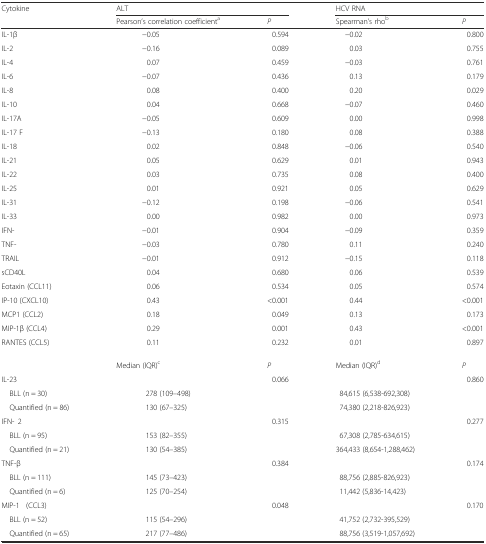
<table><thead><tr><td rowspan="2"><b>Cytokine</b></td><td colspan="2"><b>ALT</b></td><td colspan="2"><b>HCV RNA</b></td></tr><tr><td><b>Pearson’s correlation coefficient<sup>a</sup></b></td><td><b><i>P</i></b></td><td><b>Spearman’s rho<sup>b</sup></b></td><td><b><i>P</i></b></td></tr></thead><tbody><tr><td>IL-1β</td><td>−0.05</td><td>0.594</td><td>−0.02</td><td>0.800</td></tr><tr><td>IL-2</td><td>−0.16</td><td>0.089</td><td>0.03</td><td>0.755</td></tr><tr><td>IL-4</td><td>0.07</td><td>0.459</td><td>−0.03</td><td>0.761</td></tr><tr><td>IL-6</td><td>−0.07</td><td>0.436</td><td>0.13</td><td>0.179</td></tr><tr><td>IL-8</td><td>0.08</td><td>0.400</td><td>0.20</td><td>0.029</td></tr><tr><td>IL-10</td><td>0.04</td><td>0.668</td><td>−0.07</td><td>0.460</td></tr><tr><td>IL-17A</td><td>−0.05</td><td>0.609</td><td>0.00</td><td>0.998</td></tr><tr><td>IL-17 F</td><td>−0.13</td><td>0.180</td><td>0.08</td><td>0.388</td></tr><tr><td>IL-18</td><td>0.02</td><td>0.848</td><td>−0.06</td><td>0.540</td></tr><tr><td>IL-21</td><td>0.05</td><td>0.629</td><td>0.01</td><td>0.943</td></tr><tr><td>IL-22</td><td>0.03</td><td>0.735</td><td>0.08</td><td>0.400</td></tr><tr><td>IL-25</td><td>0.01</td><td>0.921</td><td>0.05</td><td>0.629</td></tr><tr><td>IL-31</td><td>−0.12</td><td>0.198</td><td>−0.06</td><td>0.541</td></tr><tr><td>IL-33</td><td>0.00</td><td>0.982</td><td>0.00</td><td>0.973</td></tr><tr><td>IFN-γ</td><td>−0.01</td><td>0.904</td><td>−0.09</td><td>0.359</td></tr><tr><td>TNF-α</td><td>−0.03</td><td>0.780</td><td>0.11</td><td>0.240</td></tr><tr><td>TRAIL</td><td>−0.01</td><td>0.912</td><td>−0.15</td><td>0.118</td></tr><tr><td>sCD40L</td><td>0.04</td><td>0.680</td><td>0.06</td><td>0.539</td></tr><tr><td>Eotaxin (CCL11)</td><td>0.06</td><td>0.534</td><td>0.05</td><td>0.574</td></tr><tr><td>IP-10 (CXCL10)</td><td>0.43</td><td>&lt;0.001</td><td>0.44</td><td>&lt;0.001</td></tr><tr><td>MCP1 (CCL2)</td><td>0.18</td><td>0.049</td><td>0.13</td><td>0.173</td></tr><tr><td>MIP-1β (CCL4)</td><td>0.29</td><td>0.001</td><td>0.43</td><td>&lt;0.001</td></tr><tr><td>RANTES (CCL5)</td><td>0.11</td><td>0.232</td><td>0.01</td><td>0.897</td></tr><tr><td></td><td>Median (IQR)<sup>c</sup></td><td><i>P</i></td><td>Median (IQR)<sup>d</sup></td><td><i>P</i></td></tr><tr><td>IL-23</td><td></td><td>0.066</td><td></td><td>0.860</td></tr><tr><td> BLL (n = 30)</td><td>278 (109–498)</td><td></td><td>84,615 (6,538-692,308)</td><td></td></tr><tr><td> Quantified (n = 86)</td><td>130 (67–325)</td><td></td><td>74,380 (2,218-826,923)</td><td></td></tr><tr><td>IFN-γ2</td><td></td><td>0.315</td><td></td><td>0.277</td></tr><tr><td> BLL (n = 95)</td><td>153 (82–355)</td><td></td><td>67,308 (2,785-634,615)</td><td></td></tr><tr><td> Quantified (n = 21)</td><td>130 (54–385)</td><td></td><td>364,433 (8,654-1,288,462)</td><td></td></tr><tr><td>TNF-β</td><td></td><td>0.384</td><td></td><td>0.174</td></tr><tr><td> BLL (n = 111)</td><td>145 (73–423)</td><td></td><td>88,756 (2,885-826,923)</td><td></td></tr><tr><td> Quantified (n = 6)</td><td>125 (70–254)</td><td></td><td>11,442 (5,836-14,423)</td><td></td></tr><tr><td>MIP-1α (CCL3)</td><td></td><td>0.048</td><td></td><td>0.170</td></tr><tr><td> BLL (n = 52)</td><td>115 (54–296)</td><td></td><td>41,752 (2,732-395,529)</td><td></td></tr><tr><td> Quantified (n = 65)</td><td>217 (77–486)</td><td></td><td>88,756 (3,519-1,057,692)</td><td></td></tr></tbody></table>